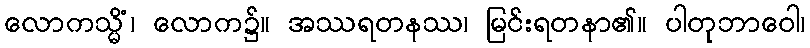
လောကသ္မိံ၊ လောက၌။ အဿရတနဿ၊ မြင်းရတနာ၏။ ပါတုဘာဝေါ၊